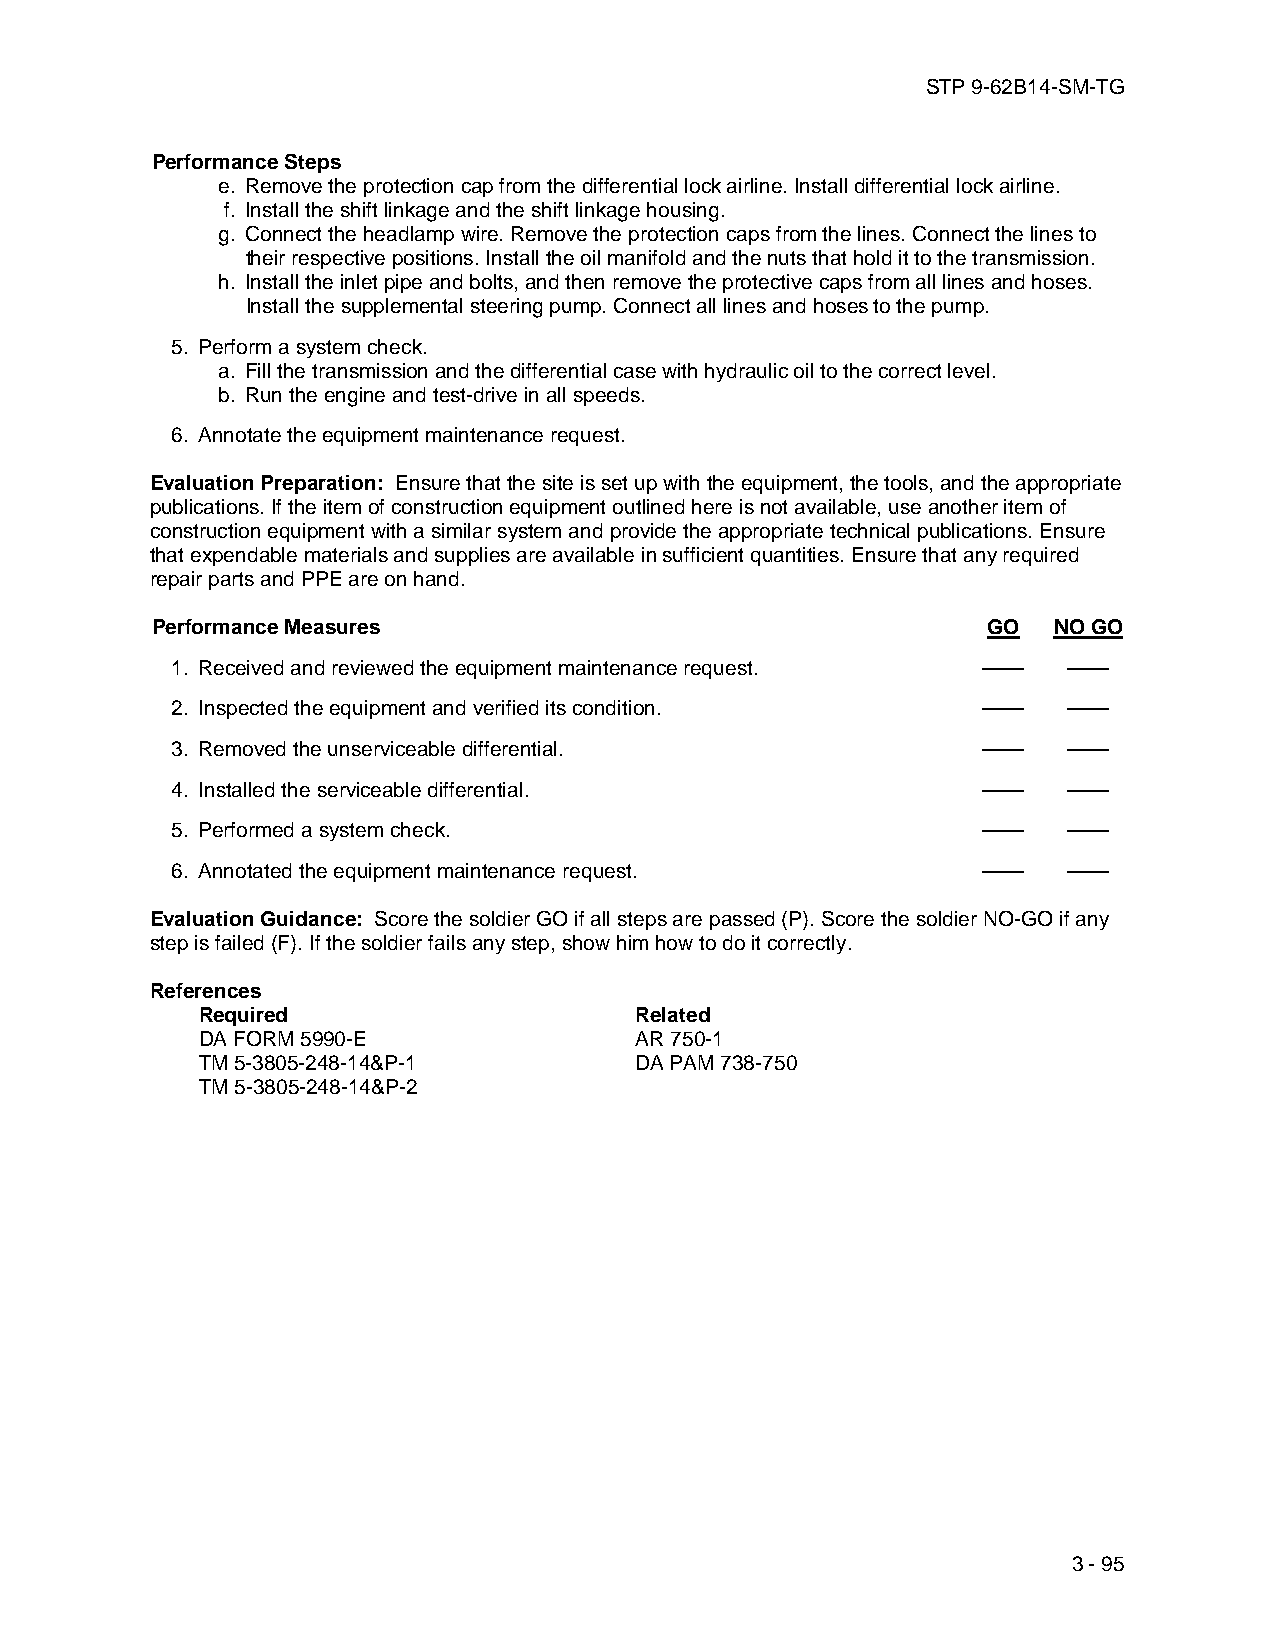
STP 9-62B14-SM-TG
 Performance Steps
 e. Remove the protection cap from the differential lock airline. Install differential lock airline.
 f. Install the shift linkage and the shift linkage housing.
 g. Connect the headlamp wire. Remove the protection caps from the lines. Connect the lines to
 their respective positions. Install the oil manifold and the nuts that hold it to the transmission.
 h. Install the inlet pipe and bolts, and then remove the protective caps from all lines and hoses.
 Install the supplemental steering pump. Connect all lines and hoses to the pump.
 5. Perform a system check.
 a. Fill the transmission and the differential case with hydraulic oil to the correct level.
 b. Run the engine and test-drive in all speeds.
 6. Annotate the equipment maintenance request.
 Evaluation Preparation: Ensure that the site is set up with the equipment, the tools, and the appropriate
 publications. If the item of construction equipment outlined here is not available, use another item of
 construction equipment with a similar system and provide the appropriate technical publications. Ensure
 that expendable materials and supplies are available in sufficient quantities. Ensure that any required
 repair parts and PPE are on hand.
 Performance Measures                                   GO   NO GO
 1. Received and reviewed the equipment maintenance request. —— ——
 2. Inspected the equipment and verified its condition. ——   ——
 3. Removed the unserviceable differential.            ——    ——
 4. Installed the serviceable differential.            ——    ——
 5. Performed a system check.                          ——    ——
 6. Annotated the equipment maintenance request.       ——    ——
 Evaluation Guidance: Score the soldier GO if all steps are passed (P). Score the soldier NO-GO if any
 step is failed (F). If the soldier fails any step, show him how to do it correctly.
 References
 Required                     Related
 DA FORM 5990-E               AR 750-1
 TM 5-3805-248-14&P-1         DA PAM 738-750
 TM 5-3805-248-14&P-2
 3 - 95